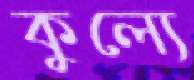
কুল্যে